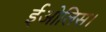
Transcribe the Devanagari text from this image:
ईओलिस।